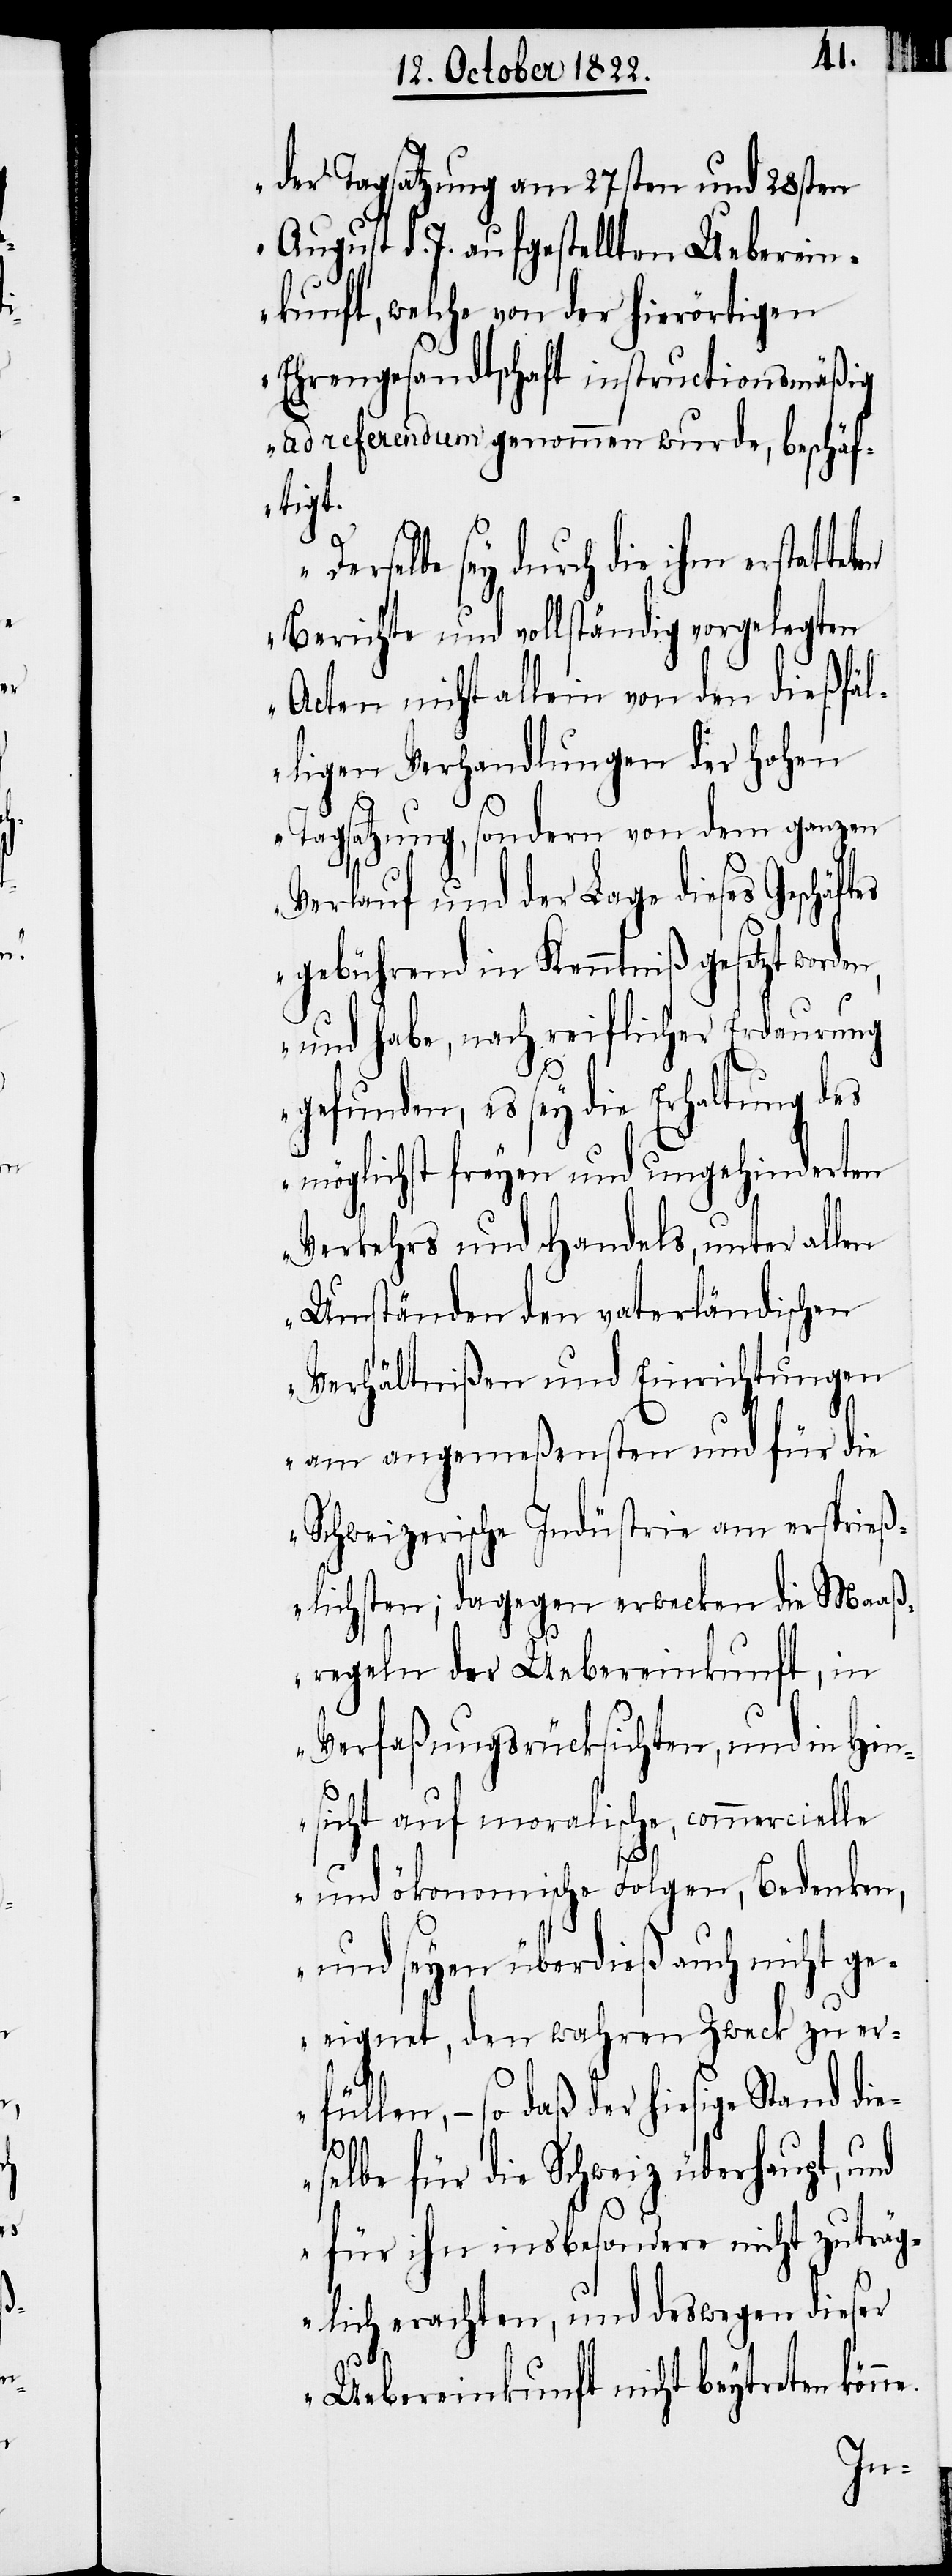
n,

der Tagsatzung am 27sten und 28sten
August d. J. aufgestellten Ueberein¬
kunft, welche von der hierörtigen
Ehrengesandtschaft instructionsmäßig
ad referendum genommen wurde, beschäf¬
tigt.
Derselbe sey durch die ihm erstat¬
Berichte und vollständig vorgelegten
Acten nicht allein von den dießfäl¬
ligen Verhandlungen der hohen
Tagsatzung, sondern von dem ganzen
Verlauf und der Lage dieses Geschäft¬
gebührend in Kenntniß gesetzt worde¬
und habe, nach reiflicher Erdaurung
gefunden, es sey die Erhaltung des
möglichst freyen und ungehinderten
Verkehrs und Handels, unter allen
Umständen den vaterländischen
Verhältnißen und Einrichtungen
am angemeßensten und für die
Schweizerische Indüstrie am ersprieß¬
lichsten; dagegen erwecken die Maaß¬
regeln der Uebereinkunft, in
Verfaßungsrücksichten, und in Hin¬
sicht auf moralische, commerciell¬
e und ökonomische Folgen, Bedenken,
und seyen überdieß auch nicht ge¬
eignet, den wahren Zweck zu er¬
füllen, – so daß der hiesige Stand die¬
selbe für die Schweiz überhaupt,
für ihn insbesondere nicht zuträg¬
lich erachten, und deswegen dieser
Uebereinkunft nicht beytreten kön¬
ne.

teten